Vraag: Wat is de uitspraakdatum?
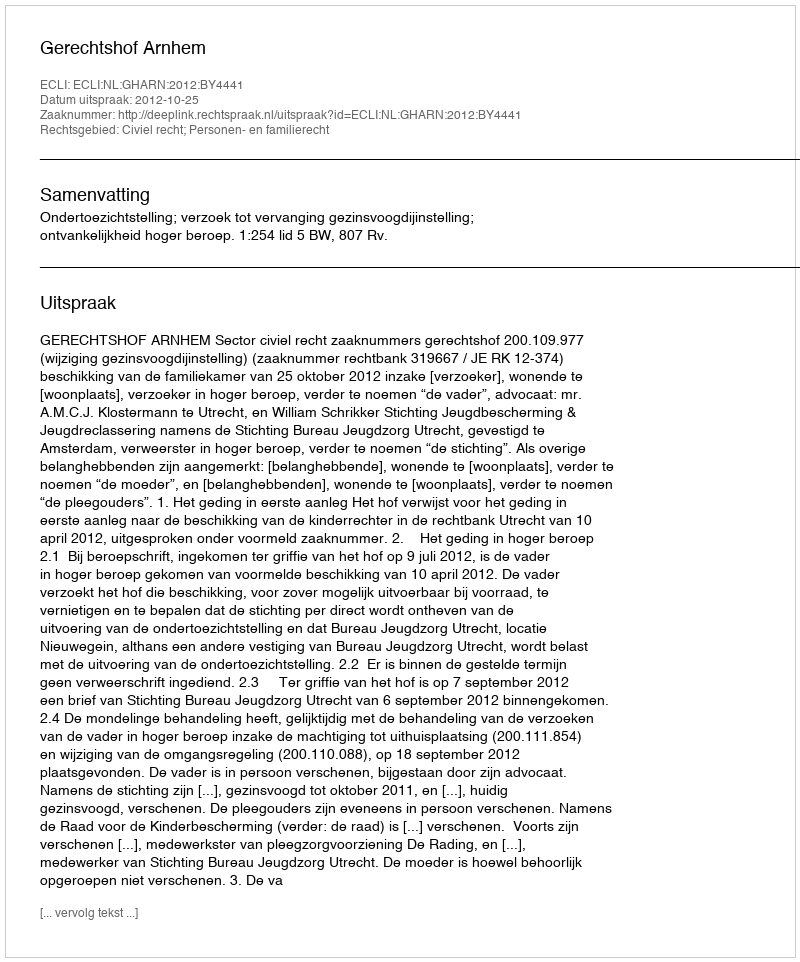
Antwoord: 2012-10-25